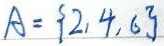
\(A = \{2,4,6\}\)